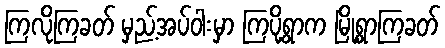
ကြလိုကြခတ် မှည့်အပ်ဝါးမှာ ကြပို့ရွာက မြို့ရွာကြခတ်